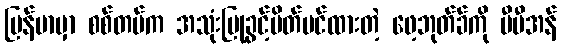
မြန်မာမှာ စစ်တပ်က အသုံးပြုခွင့်ပိတ်ပင်ထားတဲ့ ဖေ့ဘုတ်ခ်ကို ဗီပီအန်